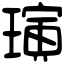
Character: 璌